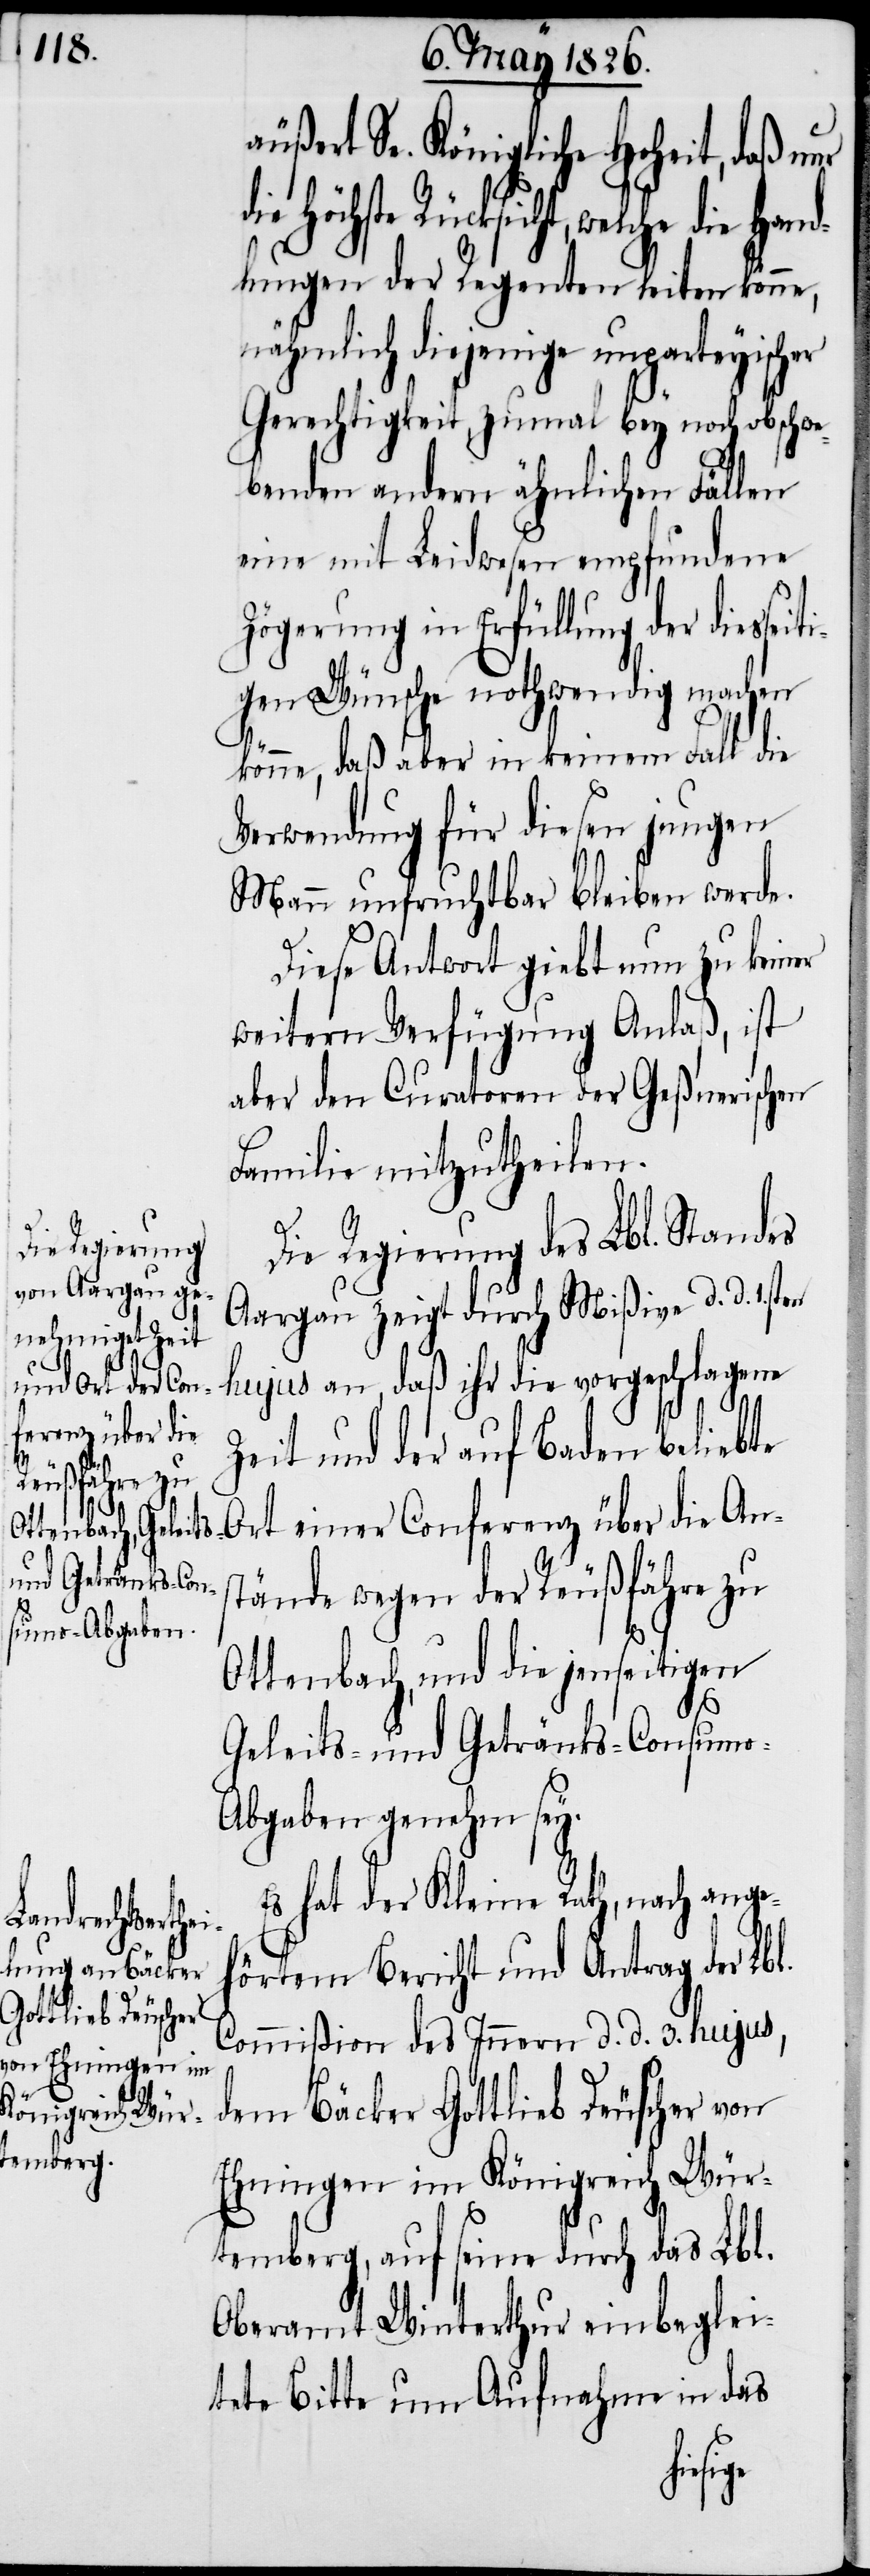
äußert Se. Königliche Hoheit, daß nur
höchste Rücksicht, welche
lungen der Regenten leiten könne,
nähmlich diejenige unparteyischer
Gerechtigkeit, zumal bey noch obschwe¬
benden andern ähnlichen Fällen
eine mit Leidwesen empfundene
Zögerung in Erfüllung der diesse¬
gen Wünsche nothwendig machen
könne, daß aber in keinem Fall die
Verwendung für diesen jungen
Mann unfruchtbar bleiben werde.
Diese Antwort giebt nun zu keiner
weitern Verfügung Anlaß, ist
aber den Curatoren der Geßnerischen
Familie mitzutheilen.
Die Regierung des Lbl. Standes
Aargau zeigt durch Mißive d. d. 1sten
hujus an, daß ihr die vorgeschlagene
Zeit und der auf Baden beliebte
Ort einer Conferenz über die An¬
stände wegen der Reußfähre zu
Ottenbach, und die jenseitigen
Geleits- und Getränks-Consumo-A¬
bgaben genehm sey.
Es hat der Kleine Rath, nach ange¬
hörtem Bericht und Antrag der Lbl.
Commißion des Innern d. d. 3. hujus,
dem Bäcker Gottlieb Deuscher von
Ehningen im Königreich Wür¬
temberg, auf seine durch das Lbl.
Oberamt Winterthur einbeglei¬
tete Bitte um Aufnahme in das
iti¬